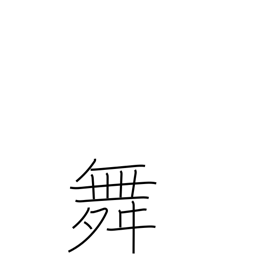
Meaning: dance